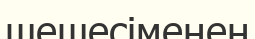
шешесіменен